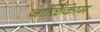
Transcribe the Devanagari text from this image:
जाळिकाम